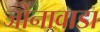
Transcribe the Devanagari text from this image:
जोनावाडा